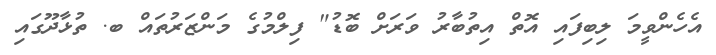
އެހެންވީމަ ލިބިފައި އޮތް އިތުބާރު ވަރަށް ބޮޑު" ފިލްމުގެ މަންޒަރުތައް ބ. ތުޅާދޫގައި